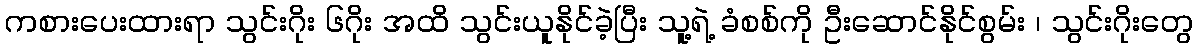
ကစားပေးထားရာ သွင်းဂိုး ၆ဂိုး အထိ သွင်းယူနိုင်ခဲ့ပြီး သူ့ရဲ့ ခံစစ်ကို ဦးဆောင်နိုင်စွမ်း ၊ သွင်းဂိုးတွေ